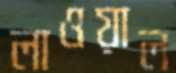
লাওয়াল